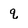
Character: q